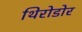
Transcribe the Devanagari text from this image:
थिरोडोर